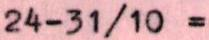
24-31/10 =